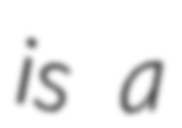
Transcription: is a